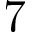
7